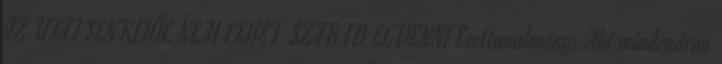
AZ UTAT SENKITŐL NEM LEHET SZABAD ELVENNI Esettanulmány: Aki mindenáron